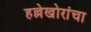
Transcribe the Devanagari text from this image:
हल्लेखोरांचा